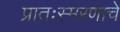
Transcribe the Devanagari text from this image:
प्रातःस्मरणाचे